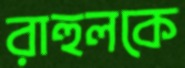
রাহুলকে